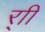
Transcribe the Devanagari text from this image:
र्‍ाी